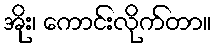
အိုး၊ ကောင်းလိုက်တာ။